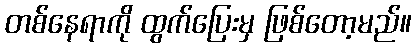
တစ်နေရာကို ထွက်ပြေးမှ ဖြစ်တော့မည်။